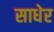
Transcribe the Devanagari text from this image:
साधेर